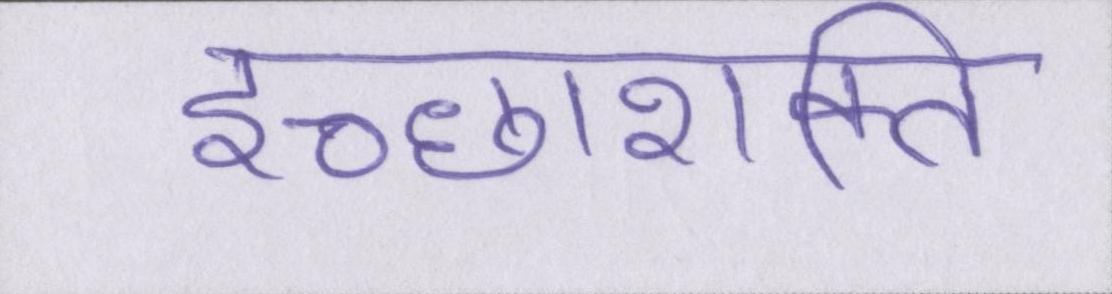
इच्छाशक्ति